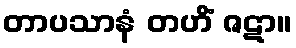
တာပသာနံ တဟိံ ဇဋာ။